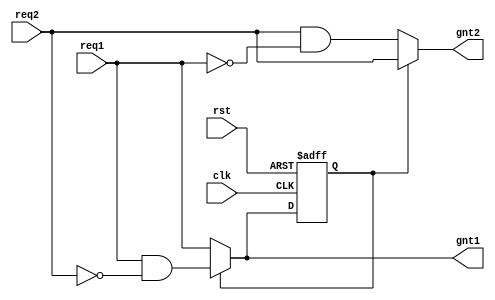
module arb2(clk, rst, req1, req2, gnt1, gnt2);

input clk, rst;
input req1, req2;
output gnt1, gnt2;

reg state;
reg gnt1, gnt2;

always @ (posedge clk or posedge rst)
	if (rst)
		state <= 0;
	else
		state <= gnt1;

always @ (*)
	if (state)
	begin
		gnt1 = req1 & ~req2;
		gnt2 = req2;
	end
	else
	begin
		gnt1 = req1;
		gnt2 = req2 & ~req1;
	end

endmodule